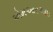
એમઆરઆઇ